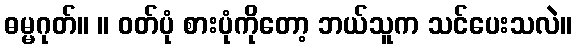
ဓမ္မဂုတ်။ ။ ဝတ်ပုံ စားပုံကိုတော့ ဘယ်သူက သင်ပေးသလဲ။